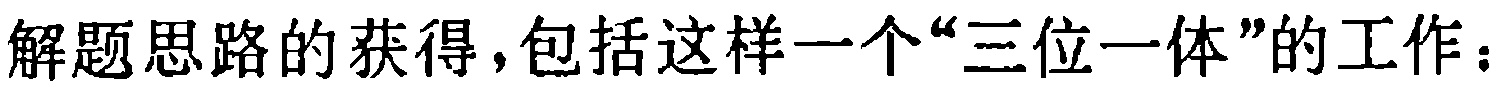
解题思路的获得，包括这样一个“三位一体”的工作：